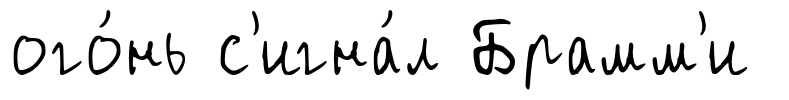
ого́нь с'игна́л Брамм'и